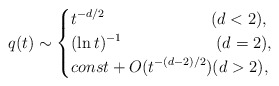
\begin{align*}q(t) \sim \begin{cases} \displaystyle t^{-d/2} \hskip 27mm (d<2), \cr \displaystyle (\ln t)^{-1} \hskip 24mm (d=2),\cr \displaystyle const + O(t^{-(d-2)/2}) (d>2), \end{cases}\end{align*}